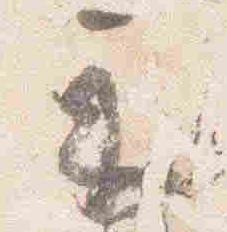
示